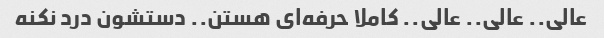
عالی.. عالی.. عالی.. کاملا حرفه‌ای هستن.. دستشون درد نکنه